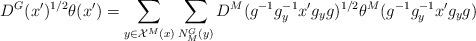
LaTeX: \begin{align*}\displaystyle D^G(x')^{1/2}\theta(x')=\sum_{y\in \mathcal{X}^M(x)}\sum_{N^G_M(y)} D^M(g^{-1}g_y^{-1}x'g_yg)^{1/2}\theta^M(g^{-1}g_y^{-1}x'g_yg)\end{align*}